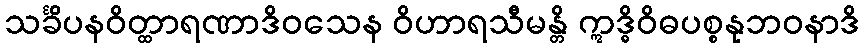
သင်္ခိပနဝိတ္ထာရဏာဒိဝသေန ဝိဟာရသီမန္တိ ဣဒ္ဓိဝိဓပစ္စနုဘဝနာဒိ